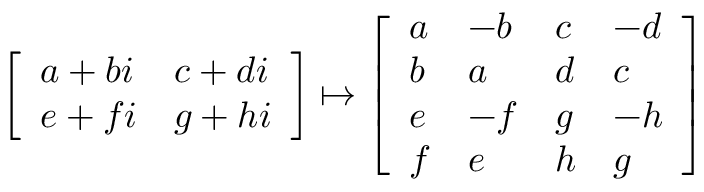
\left[ \begin{array} { l l } { { a + b i } } & { { c + d i } } \\ { { e + f i } } & { { g + h i } } \end{array} \right] \mapsto \left[ \begin{array} { l l l l } { a } & { { - b } } & { c } & { { - d } } \\ { b } & { a } & { d } & { c } \\ { e } & { { - f } } & { g } & { { - h } } \\ { f } & { e } & { h } & { g } \end{array} \right]